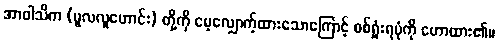
အာဝါသိက (မူလလူဟောင်း) တို့ကို မေ့လျှောက့်ထားသောကြောင့် စစ်ရှုံးရပုံကို ဟောထား၏။